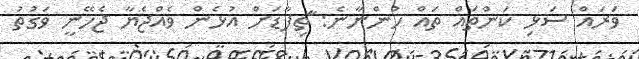
ވަރައް ސަޅި ކަންތައް ތައް ހުންނާނެ: ާަތިފާޑަށް އުޅެން ވެއްޖެޔާ ޖެހޭނީ ވަގުތު